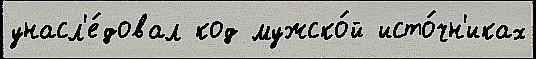
унасл'е́довал код мужско́й исто́чн'иках